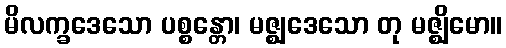
မိလက္ခဒေသော ပစ္စန္တော၊ မဇ္ဈဒေသော တု မဇ္ဈိမော။